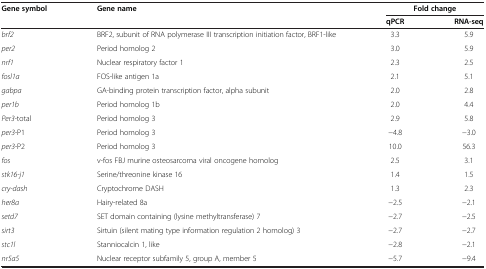
<table><thead><tr><td rowspan="2"><b>Gene symbol</b></td><td rowspan="2"><b>Gene name</b></td><td colspan="2"><b>Fold change</b></td></tr><tr><td><b>qPCR</b></td><td><b>RNA-seq</b></td></tr></thead><tbody><tr><td><i>brf2</i></td><td>BRF2, subunit of RNA polymerase III transcription initiation factor, BRF1-like</td><td>3.3</td><td>5.9</td></tr><tr><td><i>per2</i></td><td>Period homolog 2</td><td>3.0</td><td>5.9</td></tr><tr><td><i>nrf1</i></td><td>Nuclear respiratory factor 1</td><td>2.3</td><td>2.5</td></tr><tr><td><i>fosl1a</i></td><td>FOS-like antigen 1a</td><td>2.1</td><td>5.1</td></tr><tr><td><i>gabpa</i></td><td>GA-binding protein transcription factor, alpha subunit</td><td>2.0</td><td>2.8</td></tr><tr><td><i>per1b</i></td><td>Period homolog 1b</td><td>2.0</td><td>4.4</td></tr><tr><td><i>Per3-</i>total</td><td>Period homolog 3</td><td>2.9</td><td>5.8</td></tr><tr><td><i>per3-</i>P1</td><td>Period homolog 3</td><td>−4.8</td><td>−3.0</td></tr><tr><td><i>per3-</i>P2</td><td>Period homolog 3</td><td>10.0</td><td>56.3</td></tr><tr><td><i>fos</i></td><td>v-fos FBJ murine osteosarcoma viral oncogene homolog</td><td>2.5</td><td>3.1</td></tr><tr><td><i>stk16-j1</i></td><td>Serine/threonine kinase 16</td><td>1.4</td><td>1.5</td></tr><tr><td><i>cry-dash</i></td><td>Cryptochrome DASH</td><td>1.3</td><td>2.3</td></tr><tr><td><i>her8a</i></td><td>Hairy-related 8a</td><td>−2.5</td><td>−2.1</td></tr><tr><td><i>setd7</i></td><td>SET domain containing (lysine methyltransferase) 7</td><td>−2.7</td><td>−2.5</td></tr><tr><td><i>sirt3</i></td><td>Sirtuin (silent mating type information regulation 2 homolog) 3</td><td>−2.7</td><td>−2.7</td></tr><tr><td><i>stc1l</i></td><td>Stanniocalcin 1, like</td><td>−2.8</td><td>−2.1</td></tr><tr><td><i>nr5a5</i></td><td>Nuclear receptor subfamily 5, group A, member 5</td><td>−5.7</td><td>−9.4</td></tr></tbody></table>